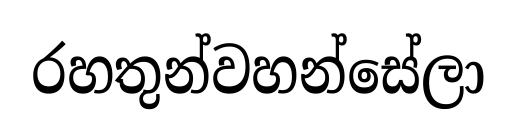
රහතුන්වහන්සේලා